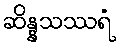
ဆိန္နသဿရံ